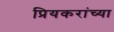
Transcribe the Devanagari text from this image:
प्रियकरांच्या